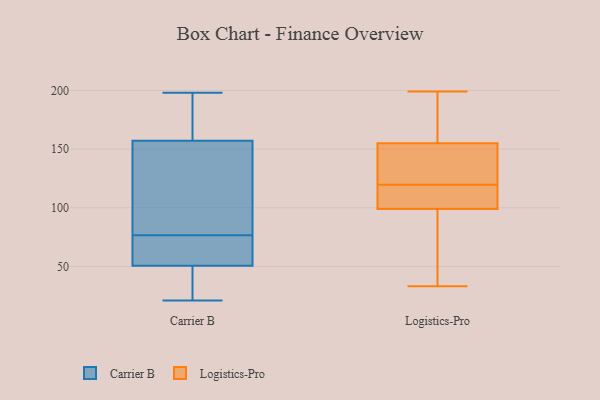
{"axis": {"x": "Backlog", "y": "Value"}, "legend": ["Carrier B", "Logistics-Pro"], "data": [{"x": "", "y": 198, "type": "Carrier B"}, {"x": "", "y": 129, "type": "Carrier B"}, {"x": "", "y": 74, "type": "Carrier B"}, {"x": "", "y": 98, "type": "Carrier B"}, {"x": "", "y": 164, "type": "Carrier B"}, {"x": "", "y": 28, "type": "Carrier B"}, {"x": "", "y": 37, "type": "Carrier B"}, {"x": "", "y": 21, "type": "Carrier B"}, {"x": "", "y": 41, "type": "Carrier B"}, {"x": "", "y": 150, "type": "Carrier B"}, {"x": "", "y": 49, "type": "Carrier B"}, {"x": "", "y": 79, "type": "Carrier B"}, {"x": "", "y": 52, "type": "Carrier B"}, {"x": "", "y": 177, "type": "Carrier B"}, {"x": "", "y": 74, "type": "Carrier B"}, {"x": "", "y": 124, "type": "Carrier B"}, {"x": "", "y": 193, "type": "Carrier B"}, {"x": "", "y": 69, "type": "Carrier B"}, {"x": "", "y": 56, "type": "Carrier B"}, {"x": "", "y": 166, "type": "Carrier B"}, {"x": "", "y": 48, "type": "Logistics-Pro"}, {"x": "", "y": 135, "type": "Logistics-Pro"}, {"x": "", "y": 99, "type": "Logistics-Pro"}, {"x": "", "y": 34, "type": "Logistics-Pro"}, {"x": "", "y": 87, "type": "Logistics-Pro"}, {"x": "", "y": 115, "type": "Logistics-Pro"}, {"x": "", "y": 181, "type": "Logistics-Pro"}, {"x": "", "y": 104, "type": "Logistics-Pro"}, {"x": "", "y": 33, "type": "Logistics-Pro"}, {"x": "", "y": 199, "type": "Logistics-Pro"}, {"x": "", "y": 105, "type": "Logistics-Pro"}, {"x": "", "y": 118, "type": "Logistics-Pro"}, {"x": "", "y": 148, "type": "Logistics-Pro"}, {"x": "", "y": 121, "type": "Logistics-Pro"}, {"x": "", "y": 145, "type": "Logistics-Pro"}, {"x": "", "y": 195, "type": "Logistics-Pro"}, {"x": "", "y": 155, "type": "Logistics-Pro"}, {"x": "", "y": 158, "type": "Logistics-Pro"}]}